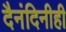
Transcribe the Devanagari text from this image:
दैनंदिनीही